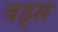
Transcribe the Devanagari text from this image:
वड्स